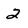
Character: 2